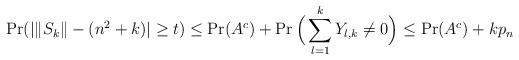
LaTeX: \begin{align*}\Pr(|\|S_k\|-(n^2+k)|\geq t)\leq \Pr(A^c)+\Pr\Big(\sum_{l=1}^kY_{l,k}\neq 0\Big)\leq \Pr(A^c)+kp_n\end{align*}